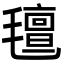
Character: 氊